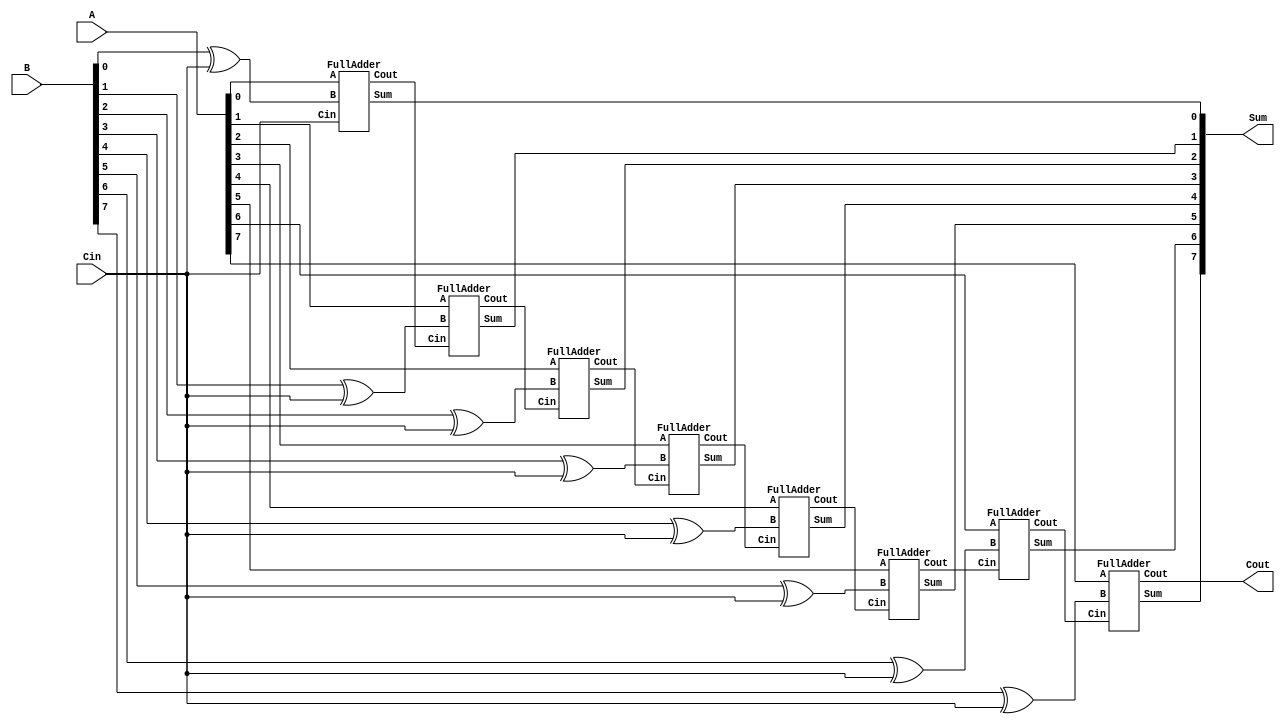
`ifndef __INTEGER_ADDER_SUBTRACTOR
`define __INTEGER_ADDER_SUBTRACTOR

module Adder_Subtractor8 (
	output  Cout,
	output  [7:0] Sum,
	input   [7:0] A, B,
	input   Cin
);
	wire C1, C2, C3, C4, C5, C6, C7;
	FullAdder F0(C1,    Sum[0], A[0], B[0] ^ Cin, Cin);
	FullAdder F1(C2,    Sum[1], A[1], B[1] ^ Cin, C1 );
	FullAdder F2(C3,    Sum[2], A[2], B[2] ^ Cin, C2 );
	FullAdder F3(C4,    Sum[3], A[3], B[3] ^ Cin, C3 );
	FullAdder F4(C5,    Sum[4], A[4], B[4] ^ Cin, C4 );
	FullAdder F5(C6,    Sum[5], A[5], B[5] ^ Cin, C5 );
	FullAdder F6(C7,    Sum[6], A[6], B[6] ^ Cin, C6 );
	FullAdder F7(Cout,  Sum[7], A[7], B[7] ^ Cin, C7 );
endmodule   

module Adder_Subtractor25 (
	output  Cout,
	output  [24:0] Sum,
	input   [24:0] A, B,
	input   Cin
);
	wire C1, C2, C3, C4, C5, C6, C7, C8, C9, C10, C11, C12, C13, 
		C14, C15, C16, C17, C18, C19, C20, C21, C22, C23, C24;
	FullAdder F0(C1, Sum[0], A[0], B[0] ^ Cin, Cin);
	FullAdder F1(C2, Sum[1], A[1], B[1] ^ Cin, C1);
	FullAdder F2(C3, Sum[2], A[2], B[2] ^ Cin, C2);
	FullAdder F3(C4, Sum[3], A[3], B[3] ^ Cin, C3);
	FullAdder F4(C5, Sum[4], A[4], B[4] ^ Cin, C4);
	FullAdder F5(C6, Sum[5], A[5], B[5] ^ Cin, C5);
	FullAdder F6(C7, Sum[6], A[6], B[6] ^ Cin, C6);
	FullAdder F7(C8, Sum[7], A[7], B[7] ^ Cin, C7);
	FullAdder F8(C9, Sum[8], A[8], B[8] ^ Cin, C8);
	FullAdder F9(C10, Sum[9], A[9], B[9] ^ Cin, C9);
	FullAdder F10(C11, Sum[10], A[10], B[10] ^ Cin, C10);
	FullAdder F11(C12, Sum[11], A[11], B[11] ^ Cin, C11);
	FullAdder F12(C13, Sum[12], A[12], B[12] ^ Cin, C12);
	FullAdder F13(C14, Sum[13], A[13], B[13] ^ Cin, C13);
	FullAdder F14(C15, Sum[14], A[14], B[14] ^ Cin, C14);
	FullAdder F15(C16, Sum[15], A[15], B[15] ^ Cin, C15);
	FullAdder F16(C17, Sum[16], A[16], B[16] ^ Cin, C16);
	FullAdder F17(C18, Sum[17], A[17], B[17] ^ Cin, C17);
	FullAdder F18(C19, Sum[18], A[18], B[18] ^ Cin, C18);
	FullAdder F19(C20, Sum[19], A[19], B[19] ^ Cin, C19);
	FullAdder F20(C21, Sum[20], A[20], B[20] ^ Cin, C20);
	FullAdder F21(C22, Sum[21], A[21], B[21] ^ Cin, C21);
	FullAdder F22(C23, Sum[22], A[22], B[22] ^ Cin, C22);
	FullAdder F23(C24, Sum[23], A[23], B[23] ^ Cin, C23);
	FullAdder F24(Cout, Sum[24], A[24], B[24] ^ Cin, C24);
endmodule

`endif

`ifndef __CARRY_LOOKAHEAD_ADDER
`define __CARRY_LOOKAHEAD_ADDER

module CarryLookaheadAdder #(
    parameter WIDTH = 32
)(
    output  [WIDTH-1 : 0]   Sum,
    output                  Cout,
    input   [WIDTH-1 : 0]   A, B,
    input                   Cin
);
    wire    [WIDTH:0]       C;
    assign  C[0] = Cin;
    
    genvar i;
    generate for (i=0; i<WIDTH; i=i+1) begin
            FullAdder FA(C[i+1], Sum[i], A[i], B[i], C[i]);
        end
    endgenerate

    assign  Cout = C[WIDTH];
endmodule

`endif

`ifndef __FULL_ADDER
`define __FULL_ADDER

module FullAdder (
    output Cout, Sum,
    input A, B, Cin
);
    assign Cout = (A & B) | (A & Cin) | (B & Cin);
    assign Sum  = A ^ B ^ Cin;
endmodule

`endif